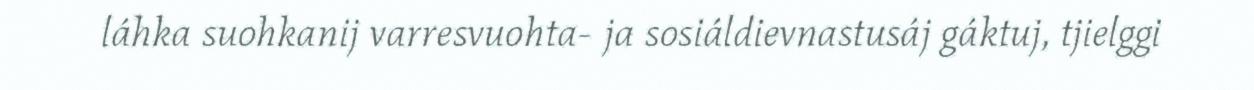
láhka suohkanij varresvuohta- ja sosiáldievnastusáj gáktuj, tjielggi